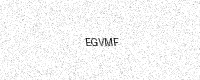
Text: EGVMF